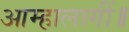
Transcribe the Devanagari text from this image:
आम्हालागीं॥